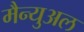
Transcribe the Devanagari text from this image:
मैन्‍युअल